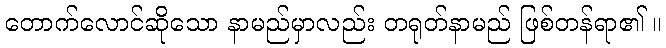
တောက်လောင်ဆိုသော နာမည်မှာလည်း တရုတ်နာမည် ဖြစ်တန်ရာ၏ ။